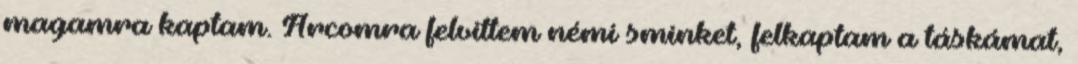
magamra kaptam. Arcomra felvittem némi sminket, felkaptam a táskámat,